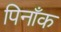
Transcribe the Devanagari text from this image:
पिनाँक